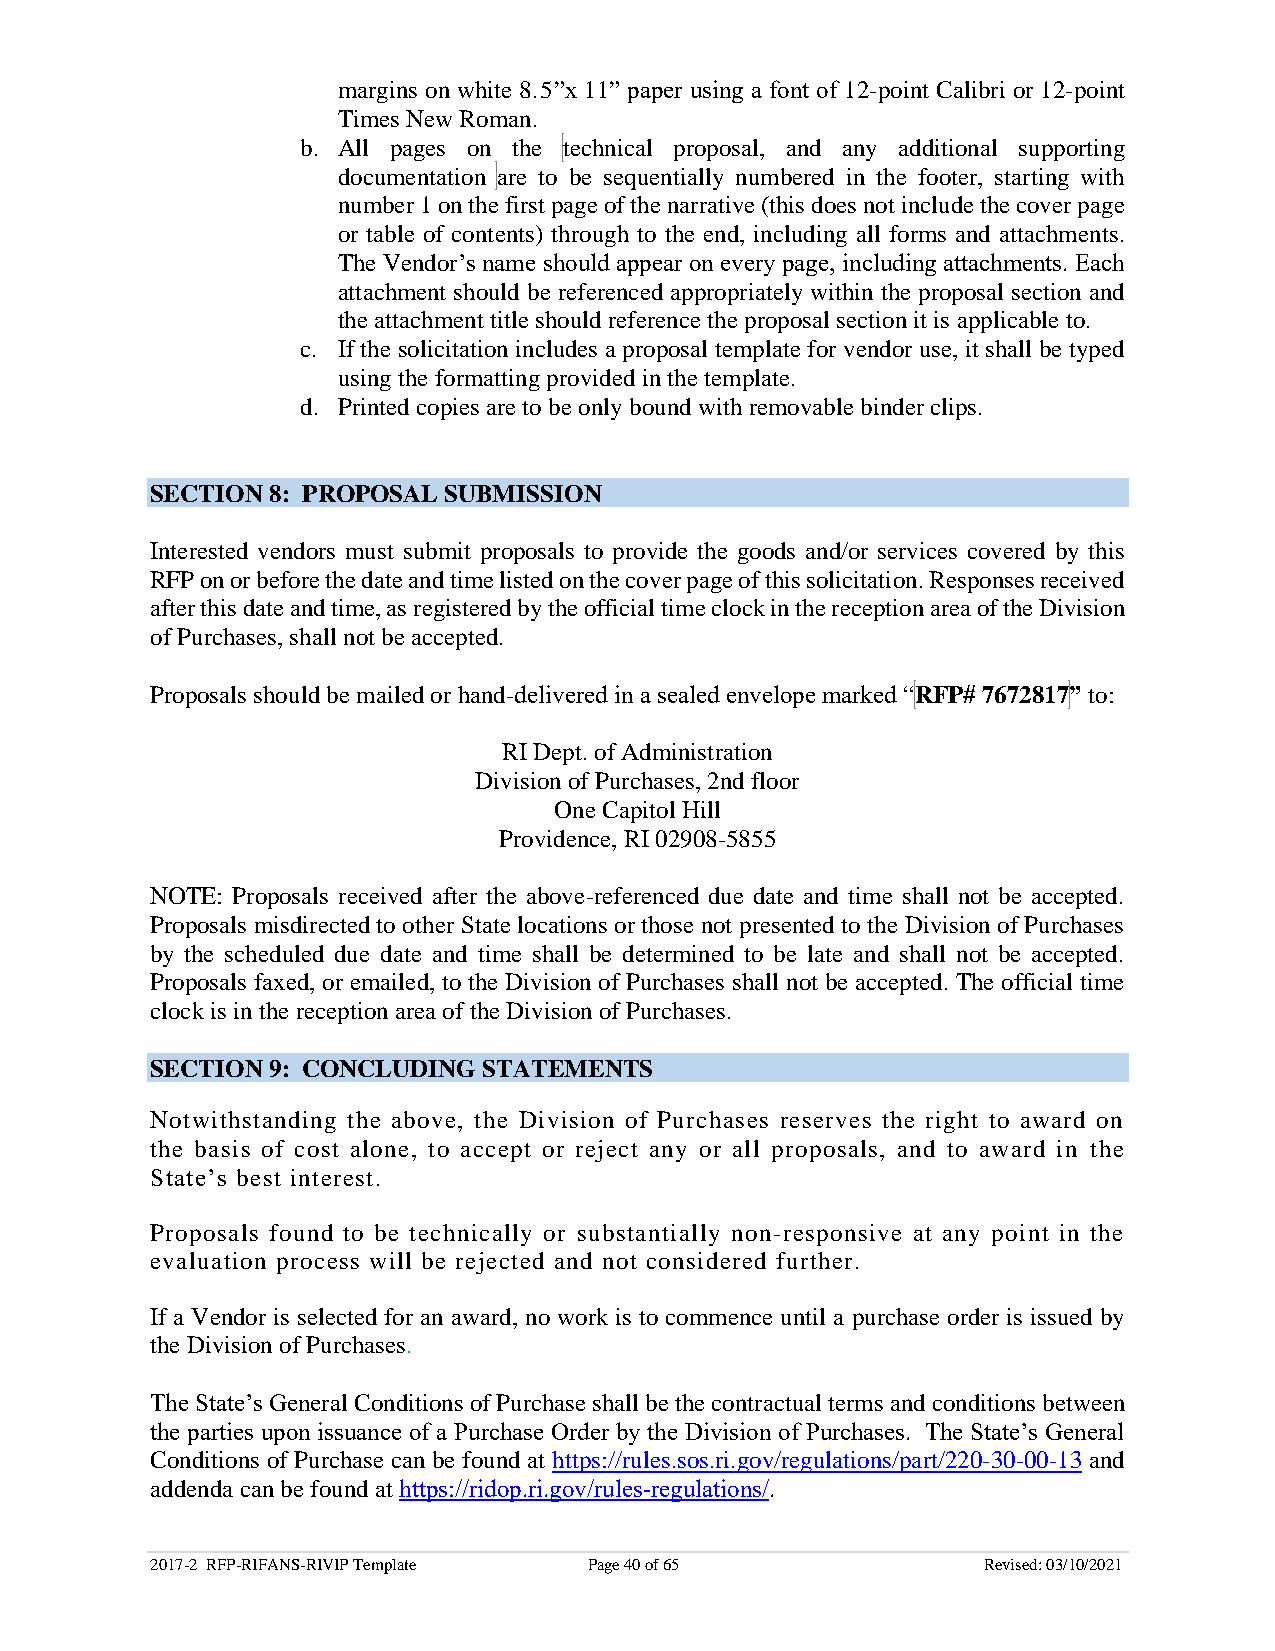
margins on white 8.5”x 11” paper using a font of 12-point Calibri or 12-point
 Times New Roman.
 b. All pages on the technical proposal, and any additional supporting
 documentation are to be sequentially numbered in the footer, starting with
 number 1 on the first page of the narrative (this does not include the cover page
 or table of contents) through to the end, including all forms and attachments.
 The Vendor’s name should appear on every page, including attachments. Each
 attachment should be referenced appropriately within the proposal section and
 the attachment title should reference the proposal section it is applicable to.
 c. If the solicitation includes a proposal template for vendor use, it shall be typed
 using the formatting provided in the template.
 d. Printed copies are to be only bound with removable binder clips.
 SECTION 8: PROPOSAL SUBMISSION
 Interested vendors must submit proposals to provide the goods and/or services covered by this
 RFP on or before the date and time listed on the cover page of this solicitation. Responses received
 after this date and time, as registered by the official time clock in the reception area of the Division
 of Purchases, shall not be accepted.
 Proposals should be mailed or hand-delivered in a sealed envelope marked “RFP# 7672817” to:
 RI Dept. of Administration
 Division of Purchases, 2nd floor
 One Capitol Hill
 Providence, RI 02908-5855
 NOTE: Proposals received after the above-referenced due date and time shall not be accepted.
 Proposals misdirected to other State locations or those not presented to the Division of Purchases
 by the scheduled due date and time shall be determined to be late and shall not be accepted.
 Proposals faxed, or emailed, to the Division of Purchases shall not be accepted. The official time
 clock is in the reception area of the Division of Purchases.
 SECTION 9: CONCLUDING STATEMENTS
 Notwithstanding the above, the Division of Purchases reserves the right to award on
 the basis of cost alone, to accept or reject any or all proposals, and to award in the
 State’s best interest.
 Proposals found to be technically or substantially non-responsive at any point in the
 evaluation process will be rejected and not considered further.
 If a Vendor is selected for an award, no work is to commence until a purchase order is issued by
 the Division of Purchases.
 The State’s General Conditions of Purchase shall be the contractual terms and conditions between
 the parties upon issuance of a Purchase Order by the Division of Purchases. The State’s General
 Conditions of Purchase can be found at https://rules.sos.ri.gov/regulations/part/220-30-00-13 and
 addenda can be found at https://ridop.ri.gov/rules-regulations/.
 2017-2 RFP-RIFANS-RIVIP Template Page 40 of 65         Revised: 03/10/2021